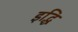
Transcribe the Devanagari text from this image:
इद्धि